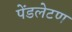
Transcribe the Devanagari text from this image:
पेंडलेटण